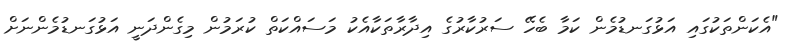
"އެކަންތަކުގައި އަޅުގަނޑުމެން ކަމާ ބެހޭ ސަރުކާރުގެ އިދާރާތަކާއެކު މަސައްކަތް ކުރަމުން މިގެންދަނީ އަޅުގަނޑުމެންނަށް